Indian journal of veterinary science and animal husbandry - Volume 5,
Year: 1935
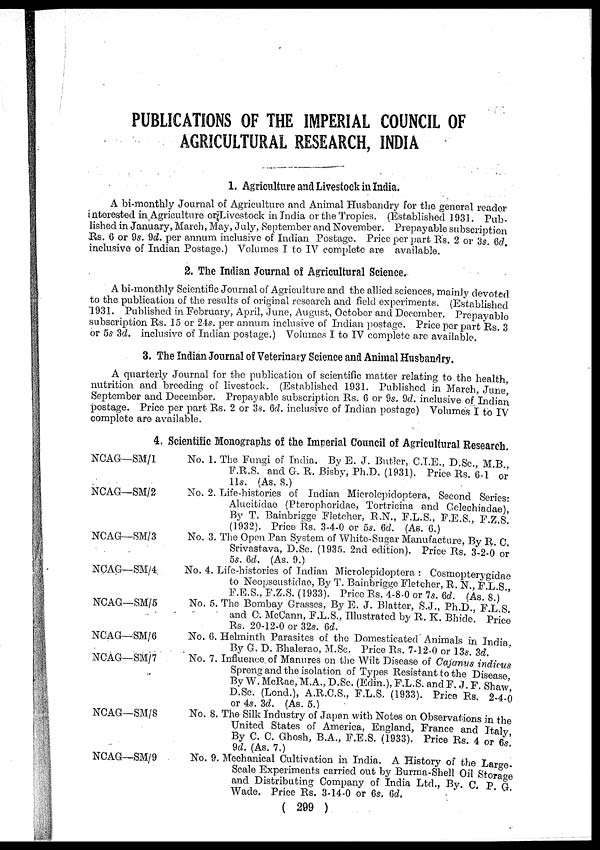
PUBLICATIONS OF THE IMPERIAL COUNCIL OF
AGRICULTURAL RESEARCH, INDIA
1. Agriculture and Livestock in India.
A bi-monthly Journal of Agriculture and Animal Husbandry for the general reader
interested in Agriculture or Livestock in India or the Tropics. (Established 1931. Pub-
lished in January, March, May, July, September and November. Prepayable subscription
Rs. 6 or 9s. 9d. per annum inclusive of Indian Postage. Price per part Rs. 2 or 3s. 6d.
inclusive of Indian Postage.) Volumes I to IV complete are available.
2. The Indian Journal of Agricultural Science.
A bi-monthly Scientific Journal of Agriculture and the allied sciences, mainly devoted
to the publication of the results of original research and field experiments. (Established
1931. Published in February, April, June, August, October and December. Prepayable
subscription Rs. 15 or 24s. per annum inclusive of Indian postage. Price per part Rs. 3
or 5s 3d. inclusive of Indian postage.) Volumes I. to IV complete are available.
3. The Indian Journal of Veterinary Science and Animal Husbandry.
A quarterly Journal for the publication of scientific matter relating to the health,
nutrition and breeding of livestock. (Established 1931. Published in March, June,
September and December. Prepayable subscription Rs. 6 or 9s. 9d. inclusive of Indian
postage. Price per part Rs. 2 or 3s. 6d. inclusive of Indian postage) Volumes I to IV
complete are available.
4. Scientific Monographs of the Imperial Council of Agricultural Research.
NCAG—SM/1
NCAG—SM/2
NCAG—SM/3
NCAG—SM/4
NCAG—SM/5
NCAG—SM/6
NCAG—SM/7
NCAG—SM/8
NCAG—SM/9
No. 1.
No. 2.
No. 3.
No. 4.
No. 5.
No. 6.
No. 7.
No. 8.
No. 9.
The Fungi of India. By E. J. Butler, C.I.E., D.Sc., M.B.,
F.R.S. and G. R. Bisby, Ph.D. (1931). Price Rs. 6.1 or
11s. (As. 8.)
Life-histories of Indian Microlepidoptera, Second Series:
Alucitidae (Pterophoridae, Tortricina and Gelechiadae)
By T. Bainbrigge Fletcher, R.N., F.L.S., F.E.S., F.Z.S.
(1932). Price Rs. 3-4-0 or 5s. 6d. (As. 6.)
The Open Pan System of White-Sugar Manufacture, By R. C.
Srivastava, D.Sc. (1935. 2nd edition). Price Rs. 3-2-0 or
5s. 6d. (As. 9.)
Life-histories of Indian Microlepidoptera : Cosmopterygidae
to Neopseustidae, By T. Bainbrigge Fletcher, R. N., F.L.S.,
F.E.S., F.Z.S. (1933). Price Rs.4-8-0 or 7s. 6d. (As. 8.) '
The Bombay Grasses, By E. J. Blatter, S.J., Ph.D., F.L.S.
and C. McCann, F.L.S., Illustrated by R. K. Bhide. Price
Rs. 20-12-0 or 32s. 6d.
Helminth Parasites of the Domesticated Animals in India,
By G. D. Bhalerao, M.Sc. Price Rs. 7-12-0 or 13s. 3d.
Influence of Manures on the Wilt Disease of Cajanus indicus
Spreng and the isolation of Types Resistant to the Disease
By W.McRae, M.A., D.Sc. (Edin.), F.L.S. and F. J. F. Shaw
D.Sc. (Lond.), A.R.C.S., F.L.S. (1933). Price Rs. 2-4-0
or 4s. 3d. (As. 5.)
The Silk Industry of Japan with Notes on Observations in the
United States of America, England, France and Italy
By C. C. Ghosh, B.A., F.E.S.(1933). Price Rs. 4 or 6s.
9d. (As. 7.)
Mechanical Cultivation in India. A History of the Large-
Scale Experiments carried out by Burma-Shell Oil Storage
and Distributing Company of India Ltd., By. C. P. G.
Wade. Price Rs. 3-14-0 or 6s. 6d.
( 299 )